Leaving Certificate Examination (including Day School Certificate (Higher) General paper), 1927
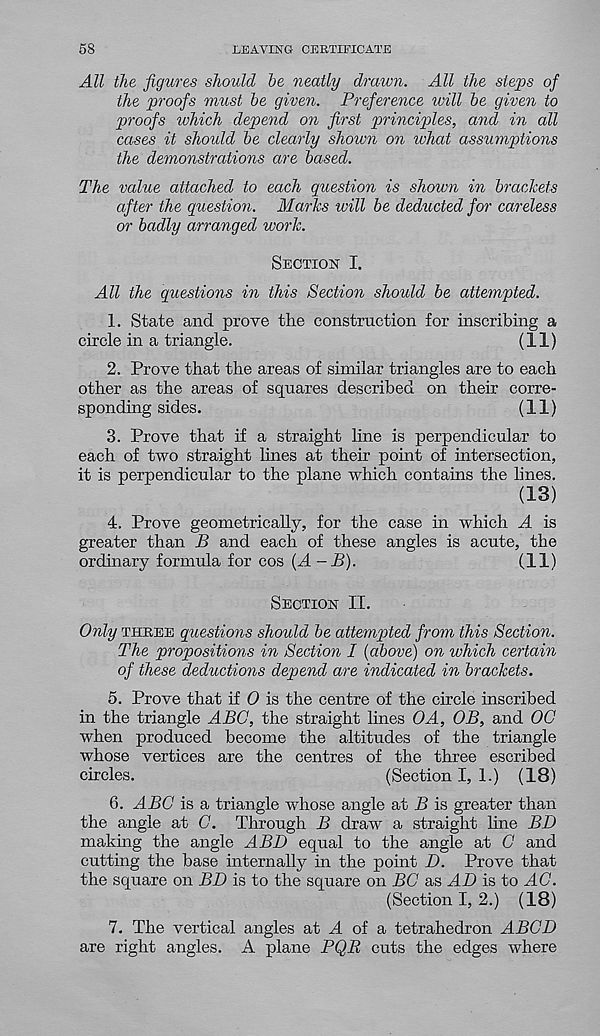
58
LEAVING CERTIFICATE
All the figures should be neatly drawn. All the steps of
the proofs must be given. Preference will be given to
proofs which depend on first principles, and in all
cases it should be clearly shown on what assumptions
the demonstrations are based.
The value attached to each question is shown in brackets
after the question. Marks ivill be deducted for careless
or badly arranged work.
Section I.
All the questions in this Section should be attempted.
1. State and prove the construction for inscribing a
circle in a triangle.
(11)
2. Prove that the areas of similar triangles are to each
other as the areas of squares described on their corre-
sponding sides.
(11)
3. Prove that if a straight line is perpendicular to
each of two straight hues at their point of intersection,
it is perpendicular to the plane which contains the lines.
(13)
4. Prove geometrically, for the case in which A is
greater than B and each of these angles is acute, the
ordinary formula for cos (A -B).
(11)
Section II.
Only three questions should be attempted from this Section.
The propositions in Section I (above) on which certain
of these deductions depend are indicated in brackets.
5. Prove that if 0 is the centre of the circle inscribed
in the triangle ABC, the straight lines OA, OB, and 00
when produced become the altitudes of the triangle
whose vertices are the centres of the three escribed
circles.
(Section I, I.) (18)
6. ABC is a triangle whose angle at B is greater than
the angle at C. Through B draw a straight line BD
making the angle A BD equal to the angle at G and
cutting the base internally in the point D. Prove that
the square on BD is to the square on BC as AD is to AC.
(Section I, 2.) (18)
7. The vertical angles at d. of a tetrahedron ABCD
are right angles. A plane PQR cuts the edges where